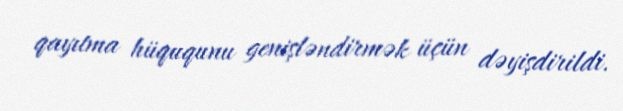
qayıtma hüququnu genişləndirmək üçün dəyişdirildi.